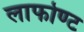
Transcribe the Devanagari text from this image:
लाफोण्ट